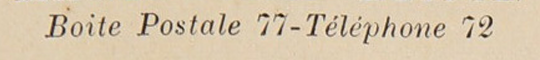
Boite Postale 77-Téléphone 72